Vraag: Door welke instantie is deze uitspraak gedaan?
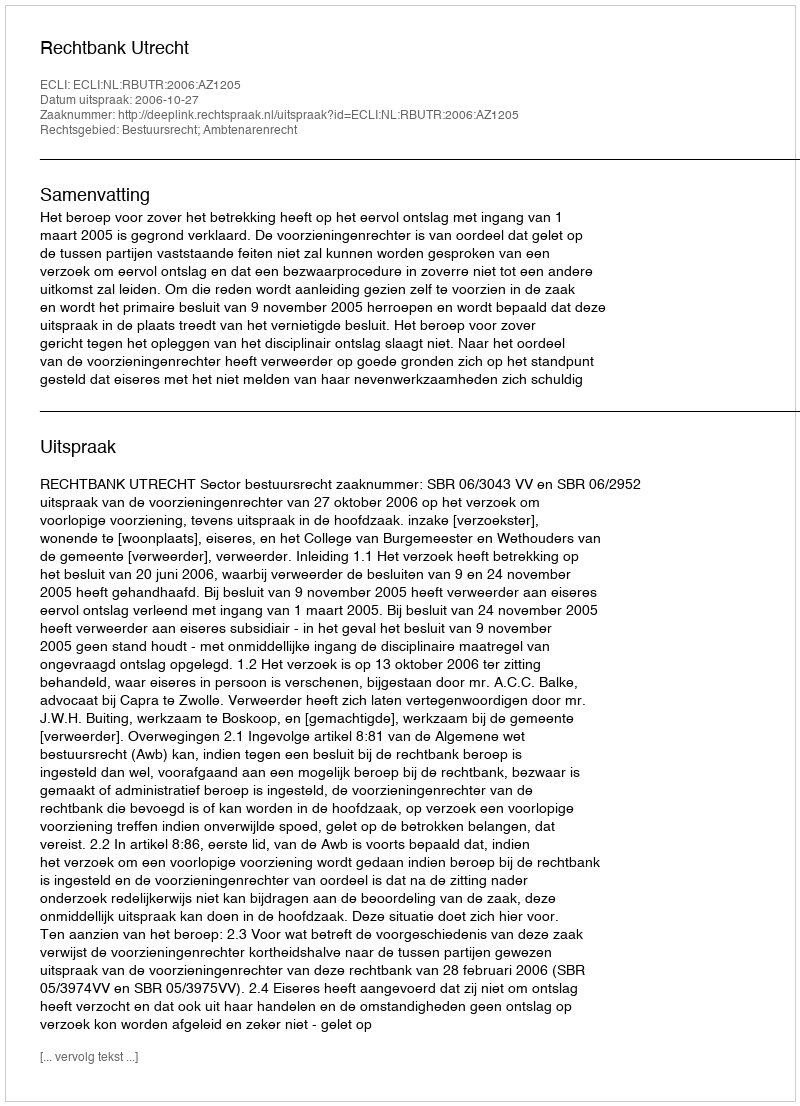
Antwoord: Rechtbank Utrecht